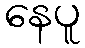
နေပူ